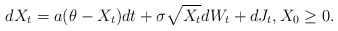
\begin{align*} dX_{t}=a(\theta-X_{t})dt +\sigma \sqrt{X_{t}}dW_{t}+dJ_t, X_0 \geq 0. \end{align*}